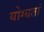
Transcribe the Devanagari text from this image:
योग्यतां